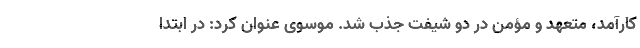
کارآمد، متعهد و مؤمن در دو شیفت جذب شد. موسوی عنوان کرد: در ابتدا